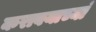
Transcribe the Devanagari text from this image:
करावयाच्यां